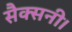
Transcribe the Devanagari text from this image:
सैक्सनी।